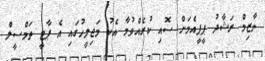
ނާޒިމް ރަޝާދު ޕީޕީއެމަށް ސޮއި ކުރެއްވުމާ އެކު މަޖިލީހުގައި އެ ޕާޓީ ތަމްސީލް